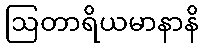
ဩတာရိယမာနာနိ